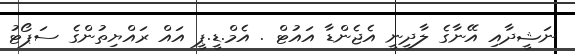
ނަޝީދާއި އޭނާގެ ލާދީނީ އެޖެންޑާ އައުޓްް . އެމް.ޑީ.ޕީ އައް ރައްޔިތުންގެ ސަޕޯޓު